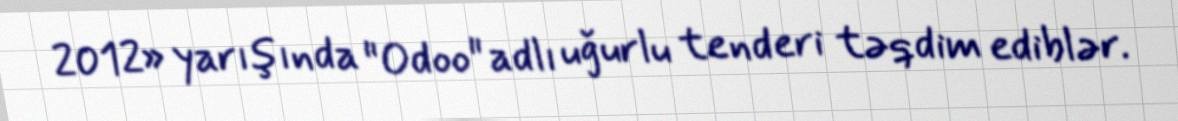
2012» yarışında "Odoo" adlı uğurlu tenderi təqdim ediblər.